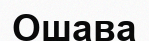
Ошава